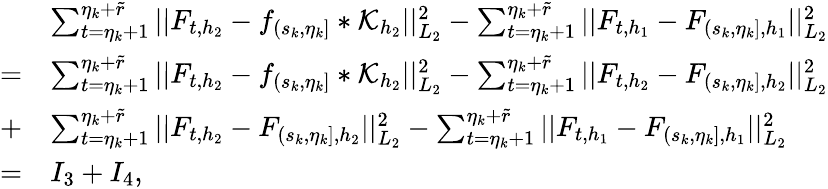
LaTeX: \begin{array}{rl}&{\sum_{t=\eta_{k}+1}^{\eta_{k}+\widetilde{r}}\vert\vert F_{t,{h_{2}}}-f_{(s_{k},\eta_{k}]}\ast\mathcal{K}_{{h_{2}}}\vert\vert_{L_{2}}^{2}-\sum_{t=\eta_{k}+1}^{\eta_{k}+\widetilde{r}}\vert\vert F_{t,{h_{1}}}-F_{(s_{k},\eta_{k}],{h_{1}}}\vert\vert_{L_{2}}^{2}}\\ {=}&{\sum_{t=\eta_{k}+1}^{\eta_{k}+\widetilde{r}}\vert\vert F_{t,{h_{2}}}-f_{(s_{k},\eta_{k}]}\ast\mathcal{K}_{{h_{2}}}\vert\vert_{L_{2}}^{2}-\sum_{t=\eta_{k}+1}^{\eta_{k}+\widetilde{r}}\vert\vert F_{t,{h_{2}}}-F_{(s_{k},\eta_{k}],{h_{2}}}\vert\vert_{L_{2}}^{2}}\\ {+}&{\sum_{t=\eta_{k}+1}^{\eta_{k}+\widetilde{r}}\vert\vert F_{t,{h_{2}}}-F_{(s_{k},\eta_{k}],{h_{2}}}\vert\vert_{L_{2}}^{2}-\sum_{t=\eta_{k}+1}^{\eta_{k}+\widetilde{r}}\vert\vert F_{t,{h_{1}}}-F_{(s_{k},\eta_{k}],{h_{1}}}\vert\vert_{L_{2}}^{2}}\\ {=}&{I_{3}+I_{4},}\end{array}